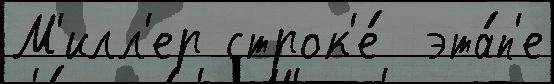
М'илл'ер строк'е́  эта́п'е